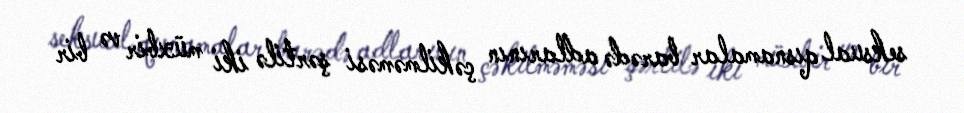
seksual qısnamalar barədə adlarının çəkilməməsi şərtilə iki müxbir və bir